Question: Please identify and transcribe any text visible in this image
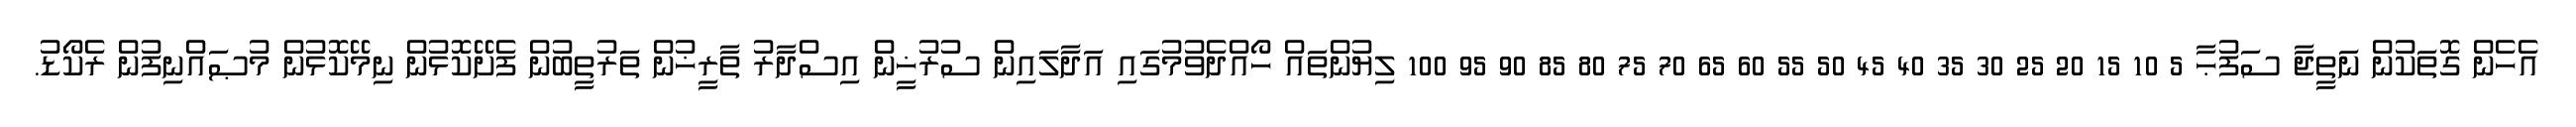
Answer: އެހެން ގޮތަކުން ނަތީޖާ ސަފުޙާ 5 10 15 20 25 30 35 40 45 50 55 60 65 70 75 80 85 90 95 100 ލިޔުންތައް ހޯއްދެވުމުގައި އަދާލައިން ސުރުޚީން އިސްދާރު ތާރީޚުން ތަރުތީބުން ފެށޭކޮޅުން ނިމޭކޮޅުން މުޞައްނިފުން ރެކޯޑު.